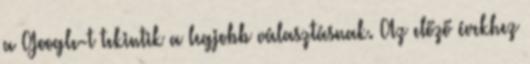
a Google-t tekintik a legjobb választásnak. Az előző évekhez